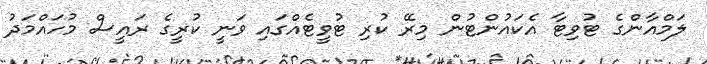
ލަމްއާންގެ ޓުވިޓާ އެކައުންޓުން މިރޭ ކުރި ޓުވީޓެއްގައި ވަނީ ކުރީގެ ރައީސް މުހައްމަދު